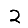
Digit: 2